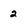
Character: 2